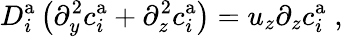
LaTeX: D_{i}^{\mathrm{a}}\left(\partial_{y}^{2}c_{i}^{\mathrm{a}}+\partial_{z}^{2}c_{i}^{\mathrm{a}}\right)=u_{z}\partial_{z}c_{i}^{\mathrm{a}}\; ,